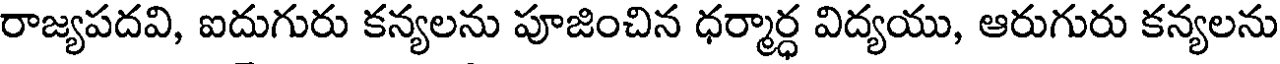
రాజ్యపదవి, ఐదుగురు కన్యలను పూజించిన ధర్మార్ధ విద్యయు, ఆరుగురు కన్యలను